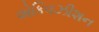
એકિવઝીશન